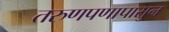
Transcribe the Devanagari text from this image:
तरुणपणापासुन